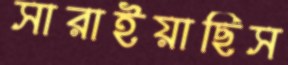
সারাইয়াছিস